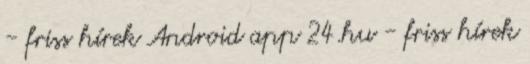
- friss hírek Android app 24.hu - friss hírek